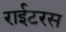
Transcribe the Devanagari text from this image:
राईटरस